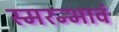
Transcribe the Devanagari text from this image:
स्मरन्भावं